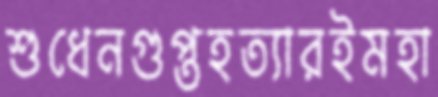
শুধেনগুপ্তহত্যারইমহা